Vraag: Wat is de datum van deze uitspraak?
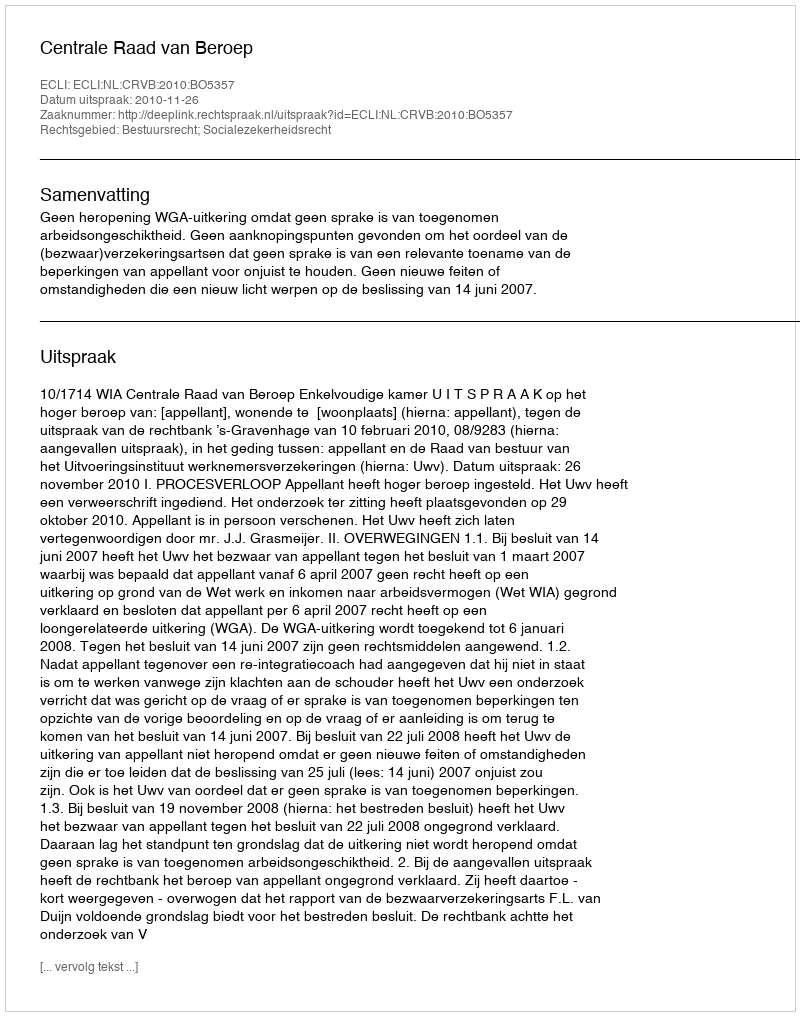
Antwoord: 2010-11-26